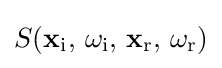
S(\mathbf {x} _{\text{i}},\,\omega _{\text{i}},\,\mathbf {x} _{\text{r}},\,\omega _{\text{r}})